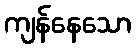
ကျန်နေသော